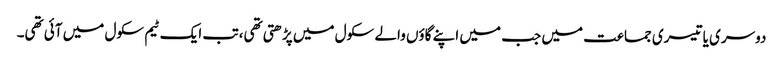
دوسری یا تیسری جماعت میں جب میں اپنے گاؤں والے سکول میں پڑھتی تھی، تب ایک ٹیم سکول میں آئی تھی۔